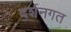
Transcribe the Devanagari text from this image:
दर्शनगत